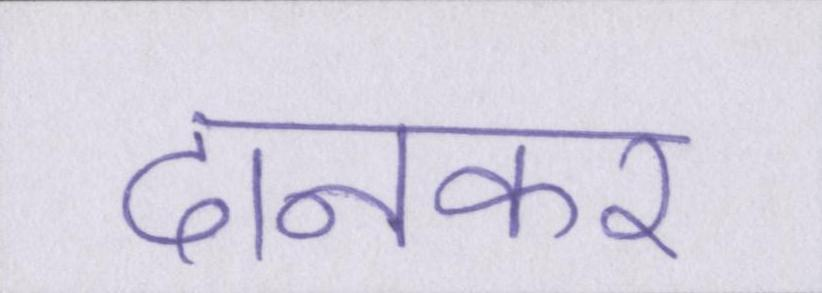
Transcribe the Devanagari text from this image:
दानकर